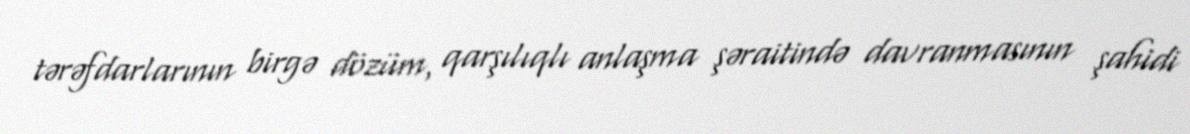
tərəfdarlarının birgə dözüm, qarşılıqlı anlaşma şəraitində davranmasının şahidi